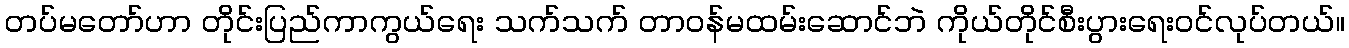
တပ်မတော်ဟာ တိုင်းပြည်ကာကွယ်ရေး သက်သက် တာဝန်မထမ်းဆောင်ဘဲ ကိုယ်တိုင်စီးပွားရေးဝင်လုပ်တယ်။